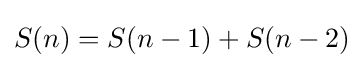
S(n)=S(n-1)+S(n-2)